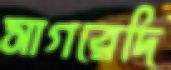
সাগরেদি